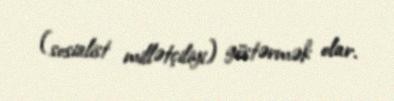
(sosialist millətçiliyi) göstərmək olar.